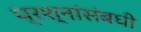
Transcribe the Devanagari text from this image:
प्रश्नांसंबधी